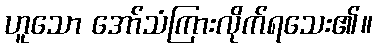
ဟူသော အော်သံကြားလိုက်ရသေး၏။